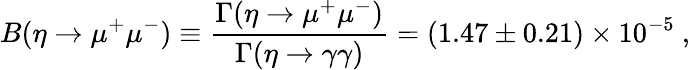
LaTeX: B(\eta\to\mu^{+}\mu^{-})\equiv{\frac{\Gamma(\eta\to\mu^{+}\mu^{-})}{\Gamma(\eta\to\gamma\gamma)}}=(1.47\pm 0.21)\times 10^{-5}\ ,